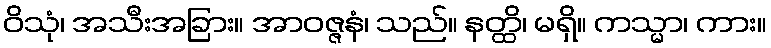
ဝိသုံ၊ အသီးအခြား။ အာဝဇ္ဇနံ၊ သည်။ နတ္ထိ၊ မရှိ။ ကသ္မာ၊ ကား။